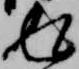
返